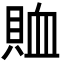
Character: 賉